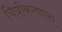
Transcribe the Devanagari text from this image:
चित्रीकरणाला